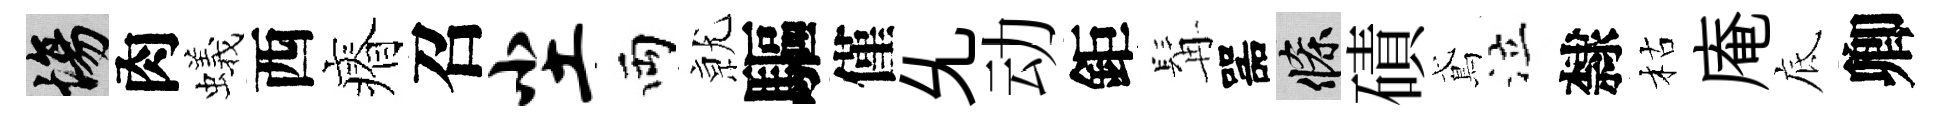
場肉蟻西瘠召尘両𭕒驅僅𠃔动鉅髯噐條磧鳶泣隸枯庵底卿